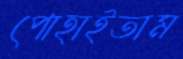
পোহাইতাম